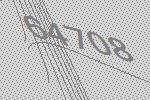
64708